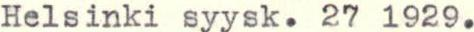
Helsinki syysk. 27 1929.